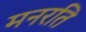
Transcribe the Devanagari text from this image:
मनरति